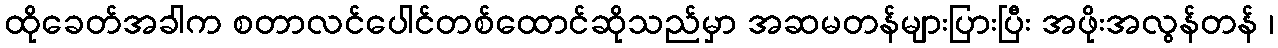
ထိုခေတ်အခါက စတာလင်ပေါင်တစ်ထောင်ဆိုသည်မှာ အဆမတန်များပြားပြီး အဖိုးအလွန်တန် ၊